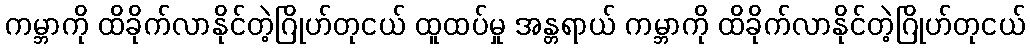
ကမ္ဘာကို ထိခိုက်လာနိုင်တဲ့ဂြိုဟ်တုငယ် ထူထပ်မှု အန္တရာယ် ကမ္ဘာကို ထိခိုက်လာနိုင်တဲ့ဂြိုဟ်တုငယ်